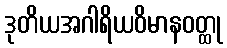
ဒုတိယအဂါရိယဝိမာနဝတ္ထု